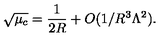
\sqrt { \mu _ { c } } = { \frac { 1 } { 2 R } } + O ( 1 / R ^ { 3 } \Lambda ^ { 2 } ) .